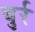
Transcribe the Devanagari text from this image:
बुर्र